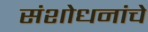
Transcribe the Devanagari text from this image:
संशोधनांचे